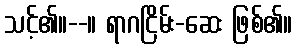
သင့်၏။--။ ရာဂငြိမ်း-ဆေး ဖြစ်၏။